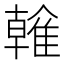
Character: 雗